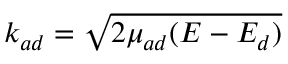
k _ { a d } = \sqrt { 2 \mu _ { a d } ( E - E _ { d } ) }